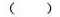
()